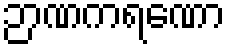
ဉာဏကရဏော